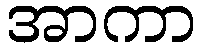
အာကာ